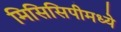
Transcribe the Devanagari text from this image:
मिसिसिपीमध्ये